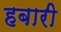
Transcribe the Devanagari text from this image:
हबारी